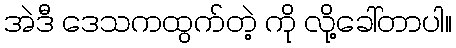
အဲဒီ ဒေသကထွက်တဲ့ ကို လို့ခေါ်တာပါ။